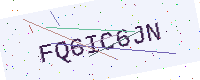
Text: FQ6IC6JN